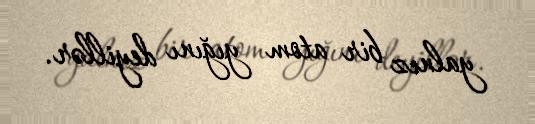
yalnız bir atom yığını deyillər.